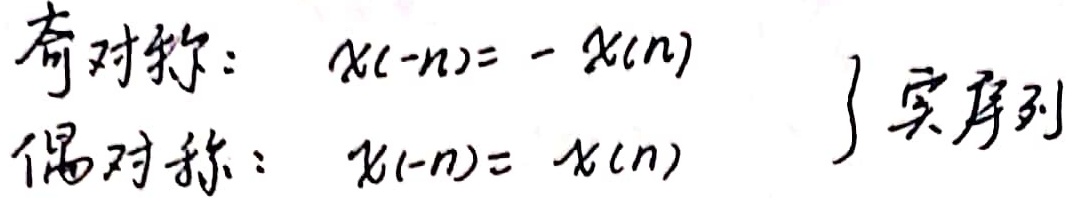
奇对称：\(x(-n)= -x(n)\)
偶对称：\(x(-n)= x(n)\)
\} 实序列